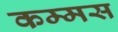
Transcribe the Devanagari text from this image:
कम्मस